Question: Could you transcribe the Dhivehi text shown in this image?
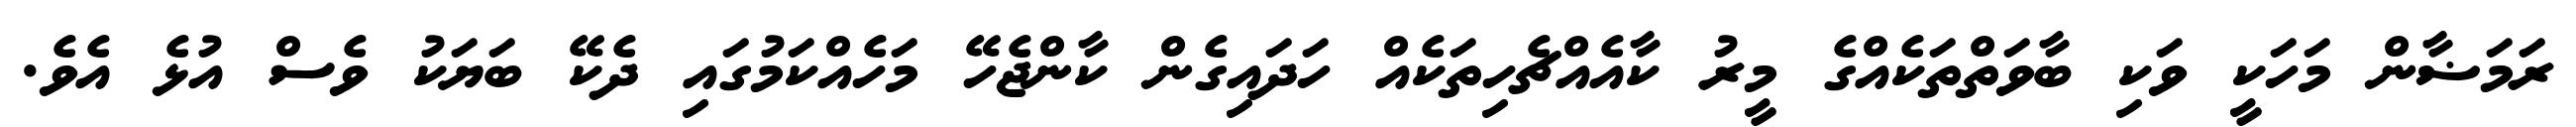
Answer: ރަމަޟާން މަހަކީ ވަކި ބާވަތްތަކެއްގެ މީރު ކާއެއްޗެހިތަކެއް ހަދައިގެން ކާންޖެހޭ މަހެއްކަމުގައި ދެކޭ ބަޔަކު ވެސް އުޅެ އެވެ.